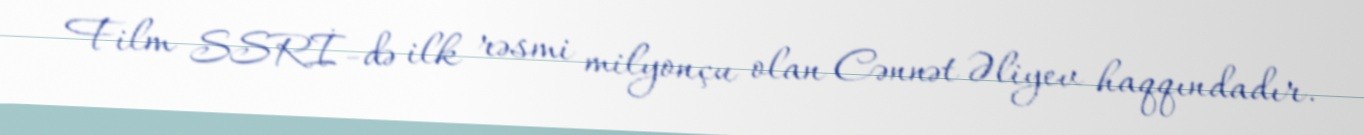
Film SSRİ-də ilk rəsmi milyonçu olan Cənnət Əliyev haqqındadır.